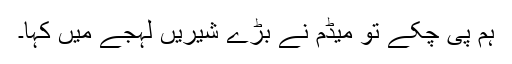
ہم پی چکے تو میڈم نے بڑے شیریں لہجے میں کہا۔